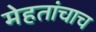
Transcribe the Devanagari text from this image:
मेहतांचाच